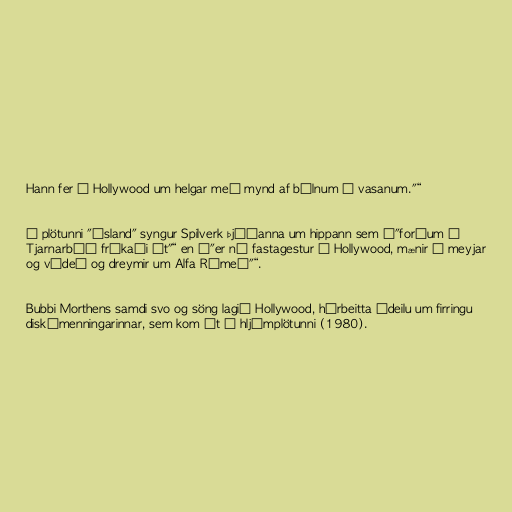
Hann fer í Hollywood um helgar með mynd af bílnum í vasanum."“

Á plötunni "Ísland" syngur Spilverk þjóðanna um hippann sem „"forðum í
Tjarnarbúð fríkaði út"“ en „"er nú fastagestur í Hollywood, mænir á meyjar
og vídeó og dreymir um Alfa Rómeó"“.

Bubbi Morthens samdi svo og söng lagið Hollywood, hárbeitta ádeilu um firringu
diskómenningarinnar, sem kom út á hljómplötunni (1980).